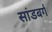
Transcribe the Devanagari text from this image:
सांडबर्ग